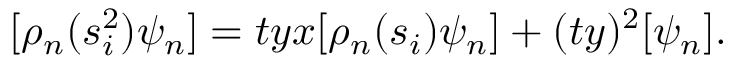
[ \rho _ { n } ( s _ { i } ^ { 2 } ) \psi _ { n } ] = t y x [ \rho _ { n } ( s _ { i } ) \psi _ { n } ] + ( t y ) ^ { 2 } [ \psi _ { n } ] .